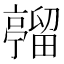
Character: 𪜦